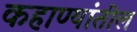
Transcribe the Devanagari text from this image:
कहाण्यांतील